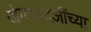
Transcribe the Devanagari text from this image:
खेमचन्दजींच्या